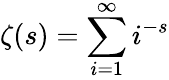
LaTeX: \zeta(s)=\sum_{i=1}^{\infty}i^{-s}